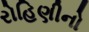
રોહિણીનો